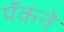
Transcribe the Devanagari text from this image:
पॅकने